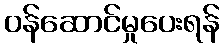
ဝန်ဆောင်မှုပေးရန်